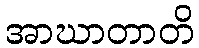
အာဃာတာတိ